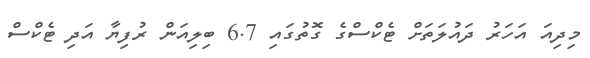
މިދިއަ އަހަރު ދައުލަތަށް ޓެކްސްގެ ގޮތުގައި 6.7 ބިލިއަން ރުފިޔާ އަދި ޓެކްސް